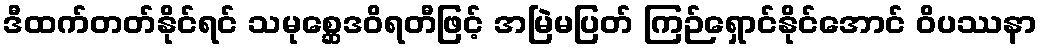
ဒီထက်တတ်နိုင်ရင် သမုစ္ဆေဒဝိရတီဖြင့် အမြဲမပြတ် ကြဉ်ရှောင်နိုင်အောင် ဝိပဿနာ